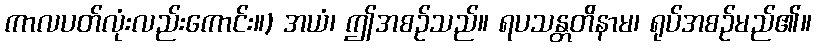
ကာလပတ်လုံးလည်းကောင်း။) အယံ၊ ဤအစဉ်သည်။ ရပသန္တတိနာမ၊ ရုပ်အစဉ်မည်၏။